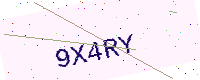
Text: 9X4RY